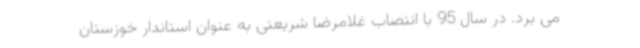
می برد. در سال 95 با انتصاب غلامرضا شریعتی به عنوان استاندار خوزستان